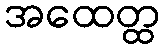
အထေတ္ထ